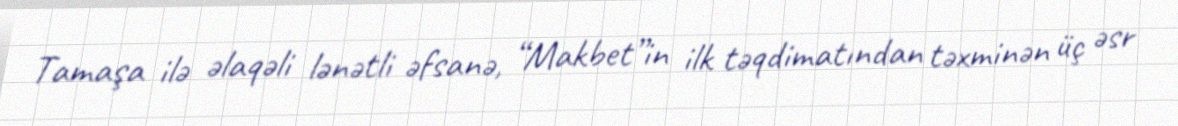
Tamaşa ilə əlaqəli lənətli əfsanə, “Makbet”in ilk təqdimatından təxminən üç əsr